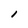
Character: l